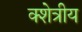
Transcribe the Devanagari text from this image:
क्शेत्रीय